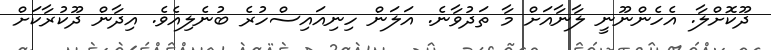
ދޫކޮށްލާ. އެހެންނޫނީ ލާނާއަށް މާ ތަދުވާނެ. އަލަން ހިނިއައިސްހުރެ ބުނެލިއެވެ. އިދާން ދޫކުރާކަށް